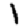
Digit: 1